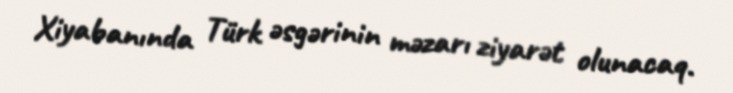
Xiyabanında Türk əsgərinin məzarı ziyarət olunacaq.